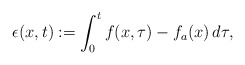
\begin{align*}\epsilon(x,t) := \int_0^t f(x,\tau) - f_a(x) \,d\tau,\end{align*}